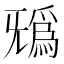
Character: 𣄺